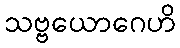
သဗ္ဗယောဂေဟိ